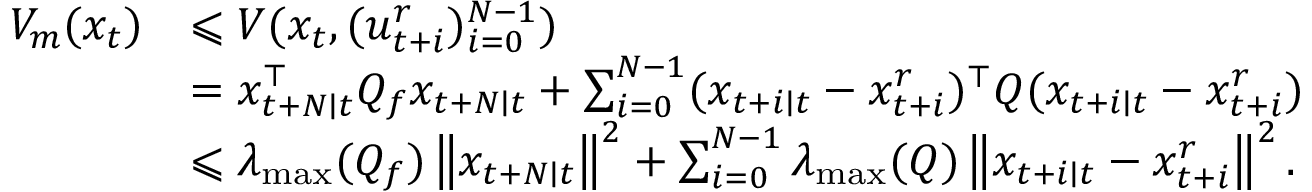
\begin{array} { r l } { V _ { m } ( x _ { t } ) } & { \leqslant V ( x _ { t } , ( u _ { t + i } ^ { r } ) _ { i = 0 } ^ { N - 1 } ) } \\ & { = x _ { t + N \mid t } ^ { \top } Q _ { f } x _ { t + N \mid t } + \sum _ { i = 0 } ^ { N - 1 } ( x _ { t + i \mid t } - x _ { t + i } ^ { r } ) ^ { \top } Q ( x _ { t + i \mid t } - x _ { t + i } ^ { r } ) } \\ & { \leqslant \lambda _ { \operatorname* { m a x } } ( Q _ { f } ) \left\| x _ { t + N \mid t } \right\| ^ { 2 } + \sum _ { i = 0 } ^ { N - 1 } \lambda _ { \operatorname* { m a x } } ( Q ) \left\| x _ { t + i \mid t } - x _ { t + i } ^ { r } \right\| ^ { 2 } . } \end{array}